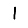
Digit: 1